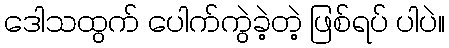
ဒေါသထွက် ပေါက်ကွဲခဲ့တဲ့ ဖြစ်ရပ် ပါပဲ။